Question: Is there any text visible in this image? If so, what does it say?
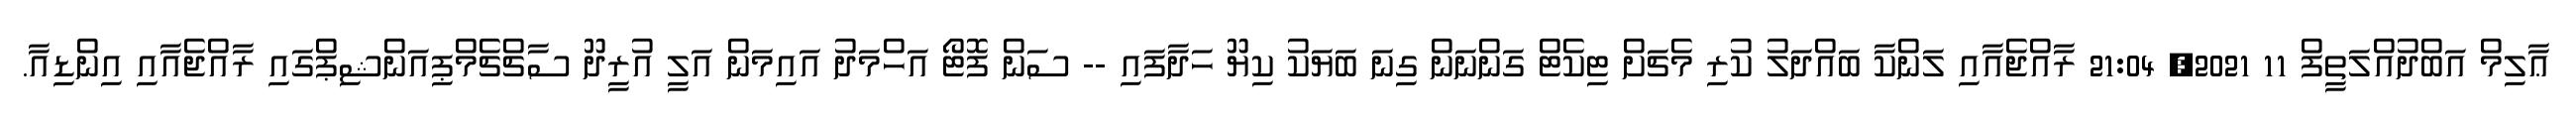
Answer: ޢާލިމް އަބްދުއްލަތީފް 11 2021, 21:04 ރާއްޖެއާއި ލަންކާ ބައްދަލު ކުރި މެޗަށް ޓިކެޓް ގަންނަން ގިނަ ބަޔަކު ކިޔޫ ހަދާފައި -- ސަން ފޮޓޯ އަހްމަދު އައިމަން އަލީ އުރީދޫ ސާޗްޗެމްޕިއަންޝިޕްގައި ރާއްޖެއާއި އިންޑިއާ.